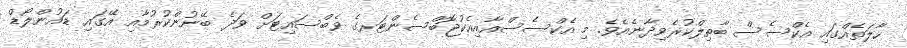
ހާލަތެއްގައި އެކްސެސް ބާތިލްކުރެވިދާނެއެވެ. މި އެކްސެސްއާއިއެކުޖޮބްސެންޓަރގެ ވެބްސައިޓަށް ވަދެ ބޭނުންކުރުމާއި އޭގައި ޑައުންލޯޑް